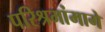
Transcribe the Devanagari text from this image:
परिश्रमांमागे